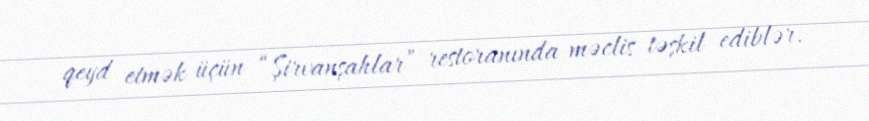
qeyd etmək üçün “Şirvanşahlar” restoranında məclis təşkil ediblər.